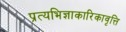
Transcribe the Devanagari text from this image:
प्रत्यभिज्ञाकारिकावृत्ति